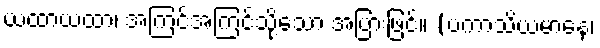
ယထာယထာ၊ အကြင်အကြင်သို့သော အပြားဖြင့်။ (ပကာသိယမာနေ၊